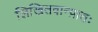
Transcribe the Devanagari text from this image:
लिखितवान्प्रातः